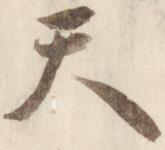
天